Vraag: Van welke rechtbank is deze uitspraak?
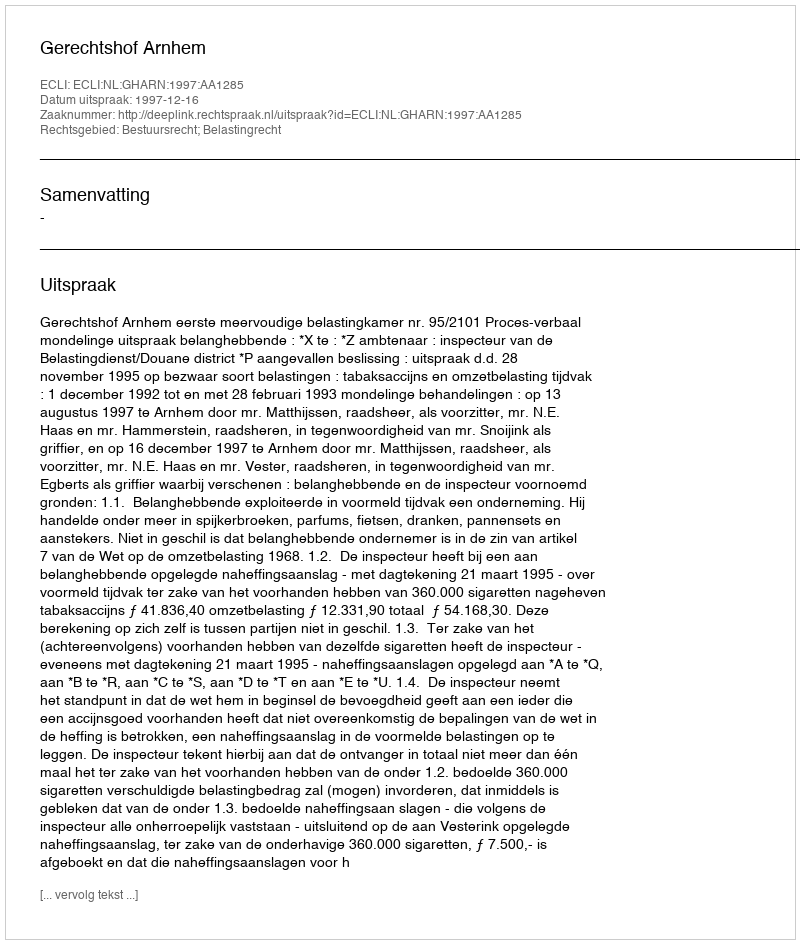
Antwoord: Gerechtshof Arnhem